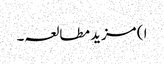
ا ) مزید مطالعہ۔